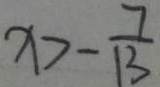
x > - \frac { 7 } { 1 3 }